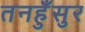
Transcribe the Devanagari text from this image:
तनहुँसुर